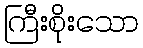
ကြီးစိုးသော